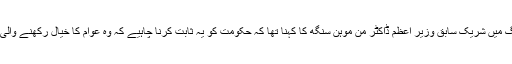
میٹنگ میں شریک سابق وزیر اعظم ڈاکٹر من موہن سنگھ کا کہنا تھا کہ حکومت کو یہ ثابت کرنا چاہیے کہ وہ عوام کا خیال رکھنے والی ہے۔